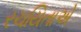
રચયિતાએ